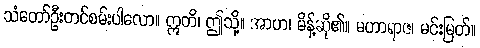
သံတော်ဦးတင်စမ်းပါလော။ ဣတိ၊ ဤသို့။ အာဟ၊ မိန့်ဆို၏။ မဟာရာဇ၊ မင်းမြတ်။